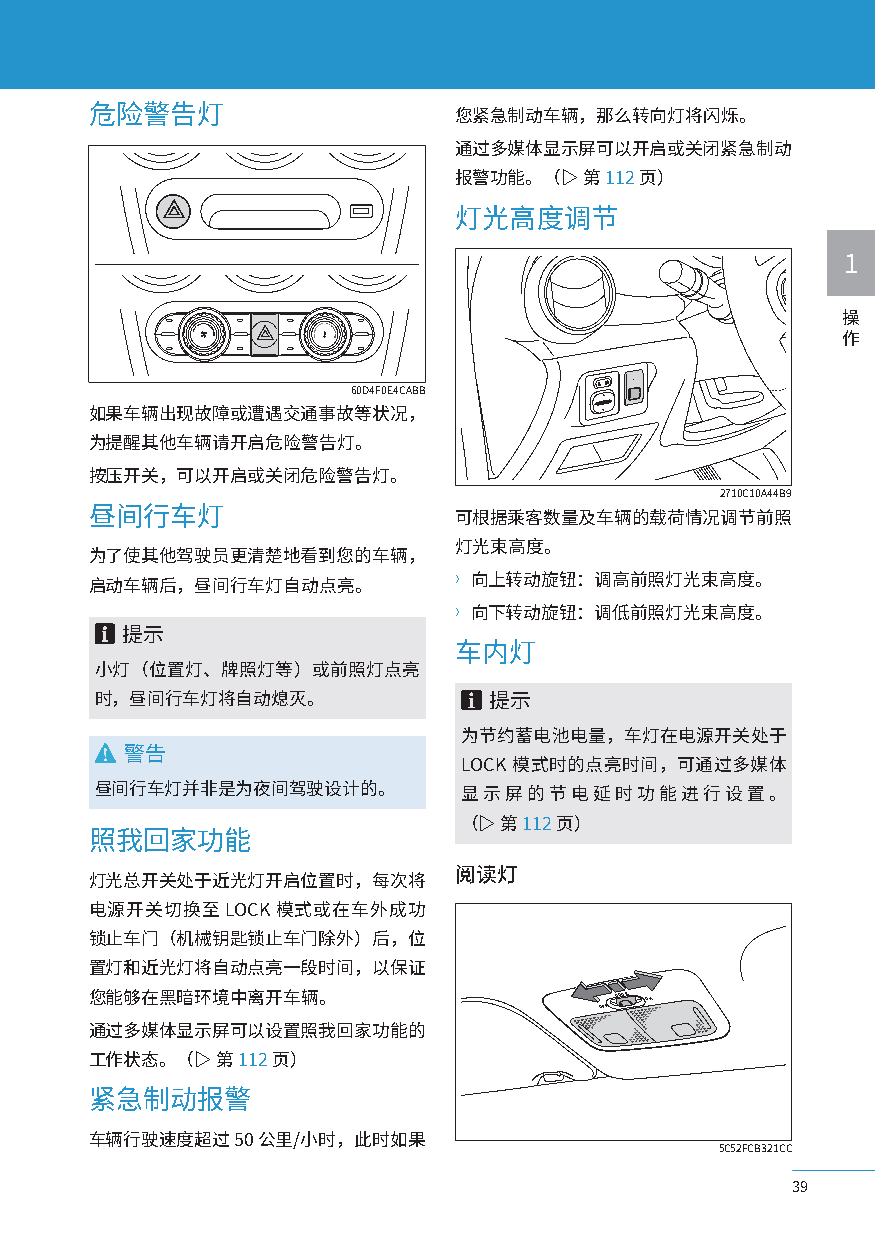
危险警告灯                   您紧急制动车辆，那么转向灯将闪烁。
 通过多媒体显示屏可以开启或关闭紧急制动
 报警功能。（▷ 第 112页）
 灯光高度调节
 1
 操
 作
 60D4F0E4CABB
 如果车辆出现故障或遭遇交通事故等状况，
 为提醒其他车辆请开启危险警告灯。
 按压开关，可以开启或关闭危险警告灯。
 2710C10A44B9
 昼间行车灯                   可根据乘客数量及车辆的载荷情况调节前照
 灯光束高度。
 为了使其他驾驶员更清楚地看到您的车辆，
 启动车辆后，昼间行车灯自动点亮。        〉向上转动旋钮：调高前照灯光束高度。
 〉向下转动旋钮：调低前照灯光束高度。
 提示
 车内灯
 小灯（位置灯、牌照灯等）或前照灯点亮
 时，昼间行车灯将自动熄灭。             提示
 为节约蓄电池电量，车灯在电源开关处于
 警告
 LOCK 模式时的点亮时间，可通过多媒体
 昼间行车灯并非是为夜间驾驶设计的。       显示屏的节电延时功能进行设置。
 （▷ 第 112页）
 照我回家功能
 阅读灯
 灯光总开关处于近光灯开启位置时，每次将
 电源开关切换至LOCK模式或在车外成功
 锁止车门（机械钥匙锁止车门除外）后，位
 置灯和近光灯将自动点亮一段时间，以保证
 您能够在黑暗环境中离开车辆。                     DOOR ON
 OFF
 通过多媒体显示屏可以设置照我回家功能的
 工作状态。（▷ 第 112页）
 紧急制动报警
 车辆行驶速度超过 50 公里/小时，此时如果
 5C52FCB321CC
 39